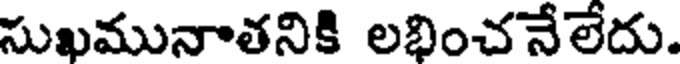
సుఖమునాతనికి లభించనేలేదు.